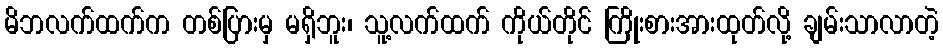
မိဘလက်ထက်က တစ်ပြားမှ မရှိဘူး၊ သူ့လက်ထက် ကိုယ်တိုင် ကြိုးစားအားထုတ်လို့ ချမ်းသာလာတဲ့